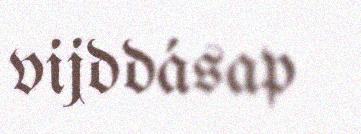
vijddásap